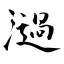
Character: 濄